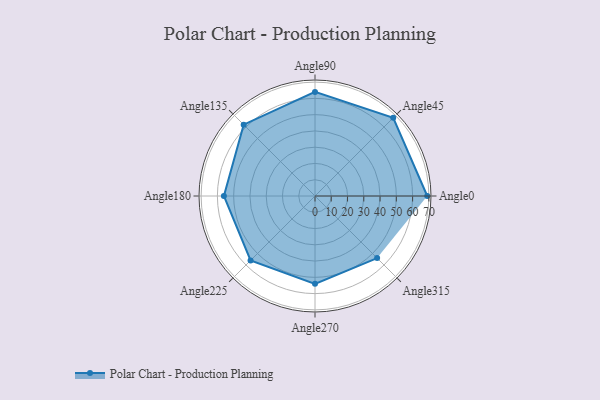
{"axis": {"x": "Angle", "y": "Radius"}, "legend": [""], "data": [{"x": "Angle0", "y": 69.0, "type": ""}, {"x": "Angle45", "y": 68.0, "type": ""}, {"x": "Angle90", "y": 64.0, "type": ""}, {"x": "Angle135", "y": 62.0, "type": ""}, {"x": "Angle180", "y": 56.0, "type": ""}, {"x": "Angle225", "y": 56.0, "type": ""}, {"x": "Angle270", "y": 54.0, "type": ""}, {"x": "Angle315", "y": 54.0, "type": ""}]}